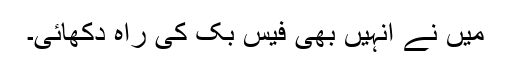
میں نے انہیں بھی فیس بک کی راہ دکھائی۔